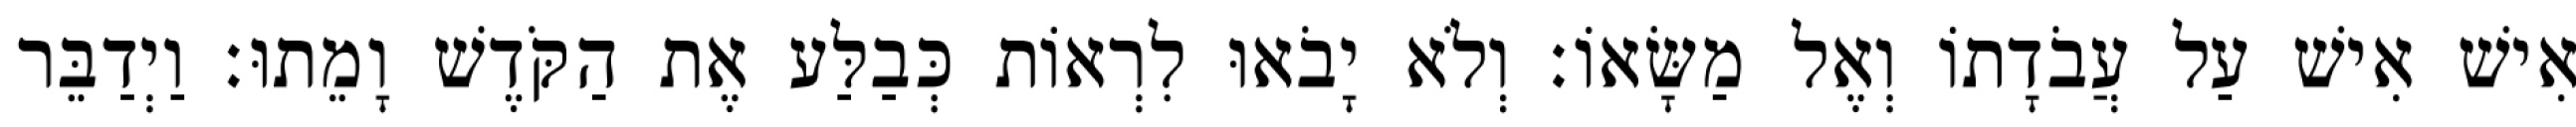
אִישׁ אִישׁ עַל עֲבֹדָתוֹ וְאֶל מַשָּׂאוֹ׃ וְלֹא יָבֹאוּ לִרְאוֹת כְּבַלַּע אֶת הַקֹּדֶשׁ וָמֵתוּ׃ וַיְדַבֵּר